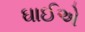
ઘાઈએ